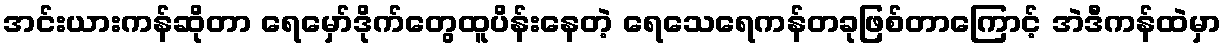
အင်းယားကန်ဆိုတာ ရေမှော်ဒိုက်တွေထူပိန်းနေတဲ့ ရေသေရေကန်တခုဖြစ်တာကြောင့် အဲဒီကန်ထဲမှာ